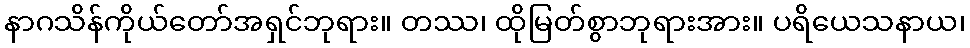
နာဂသိန်ကိုယ်တော်အရှင်ဘုရား။ တဿ၊ ထိုမြတ်စွာဘုရားအား။ ပရိယေသနာယ၊